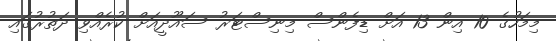
މިމަހުގެ 10 އިން 13 އަށް ޑިފެންސް މިނިސްޓަރު ސައޫދީއަށް ކުރެއްވި ދަތުރުގައި